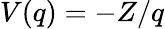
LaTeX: V(q)=-Z/q